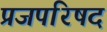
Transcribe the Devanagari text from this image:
प्रजपरिषद